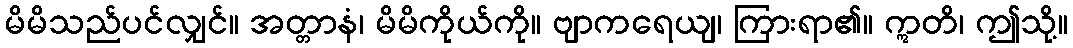
မိမိသည်ပင်လျှင်။ အတ္တာနံ၊ မိမိကိုယ်ကို။ ဗျာကရေယျ၊ ကြားရာ၏။ ဣတိ၊ ဤသို့။